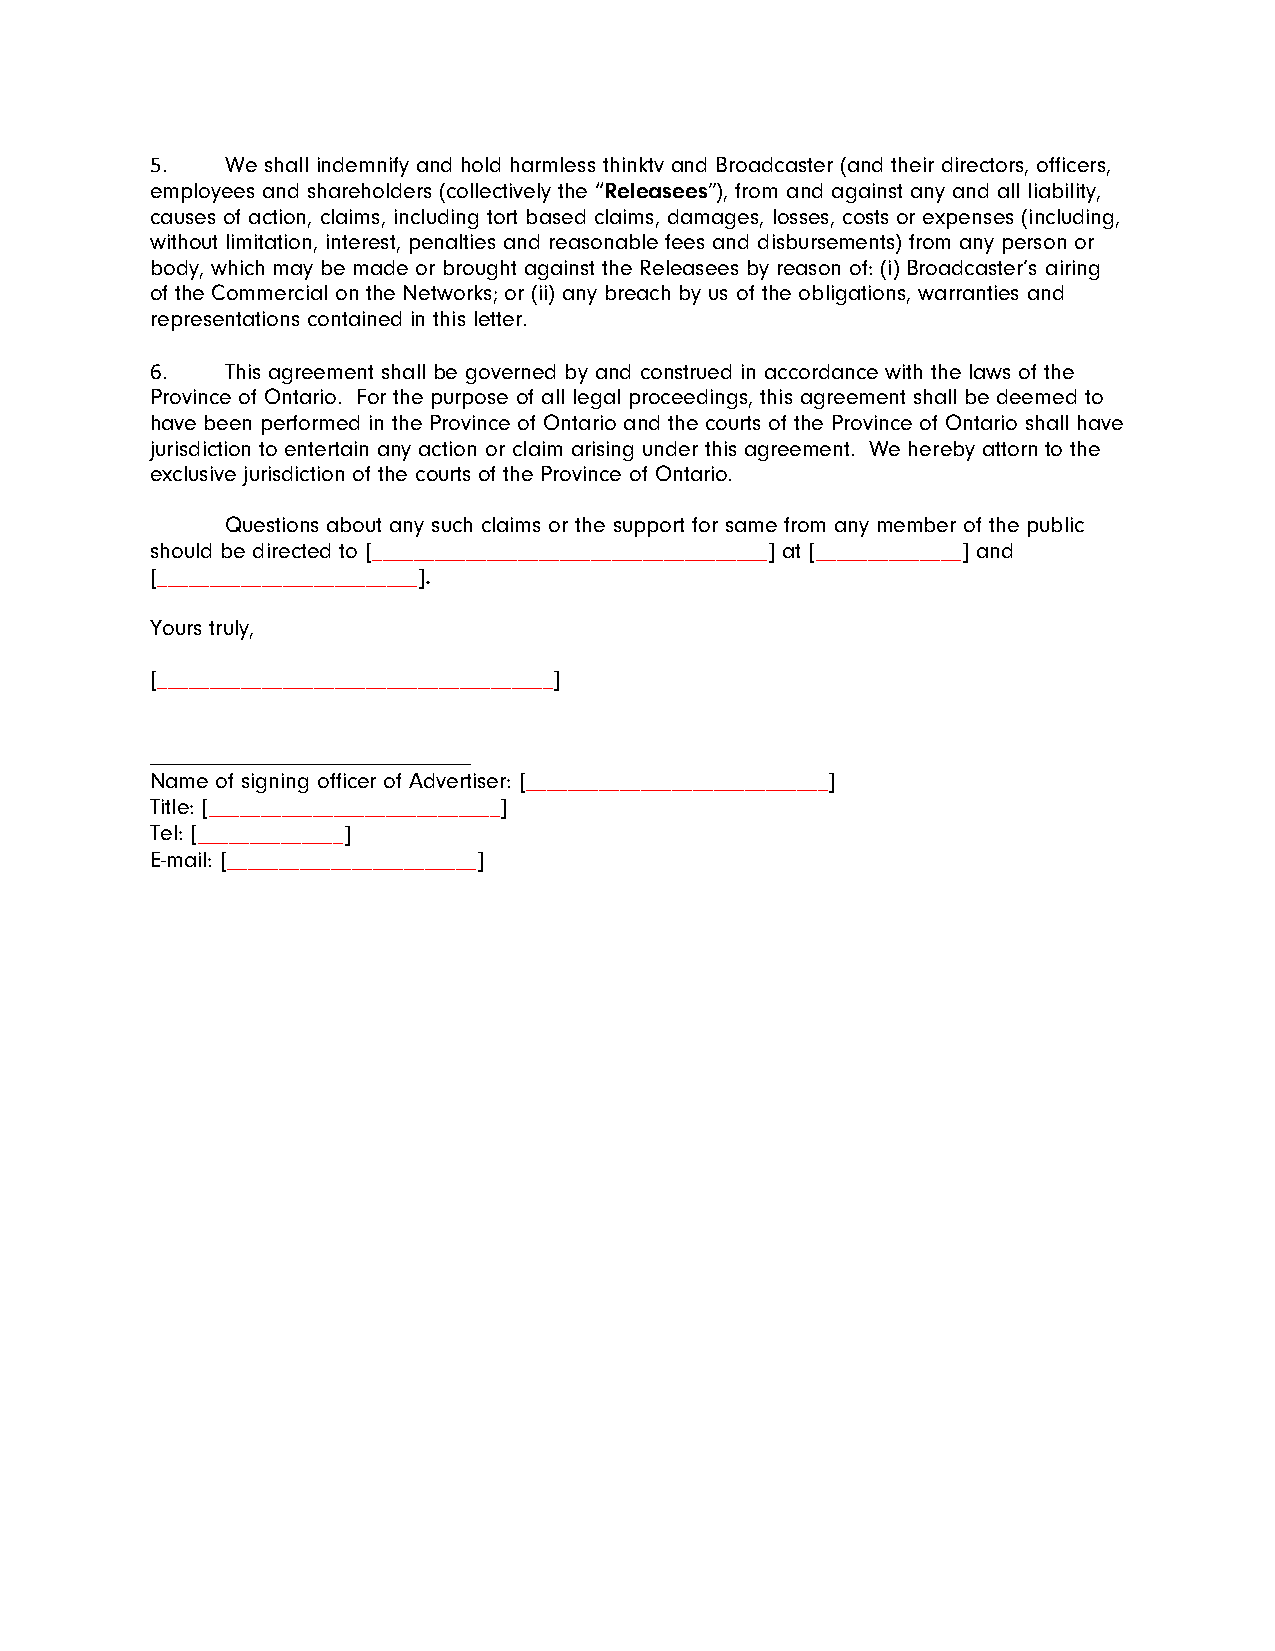
5.   We shall indemnify and hold harmless thinktv and Broadcaster (and their directors, officers,
 employees and shareholders (collectively the “Releasees”), from and against any and all liability,
 causes of action, claims, including tort based claims, damages, losses, costs or expenses (including,
 without limitation, interest, penalties and reasonable fees and disbursements) from any person or
 body, which may be made or brought against the Releasees by reason of: (i) Broadcaster’s airing
 of the Commercial on the Networks; or (ii) any breach by us of the obligations, warranties and
 representations contained in this letter.
 6.   This agreement shall be governed by and construed in accordance with the laws of the
 Province of Ontario. For the purpose of all legal proceedings, this agreement shall be deemed to
 have been performed in the Province of Ontario and the courts of the Province of Ontario shall have
 jurisdiction to entertain any action or claim arising under this agreement. We hereby attorn to the
 exclusive jurisdiction of the courts of the Province of Ontario.
 Questions about any such claims or the support for same from any member of the public
 should be directed to [______________________________________] at [______________] and
 [_________________________].
 Yours truly,
 [______________________________________]
 ____________________________
 Name of signing officer of Advertiser: [_____________________________]
 Title: [____________________________]
 Tel: [______________]
 E-mail: [________________________]